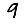
Digit: 9